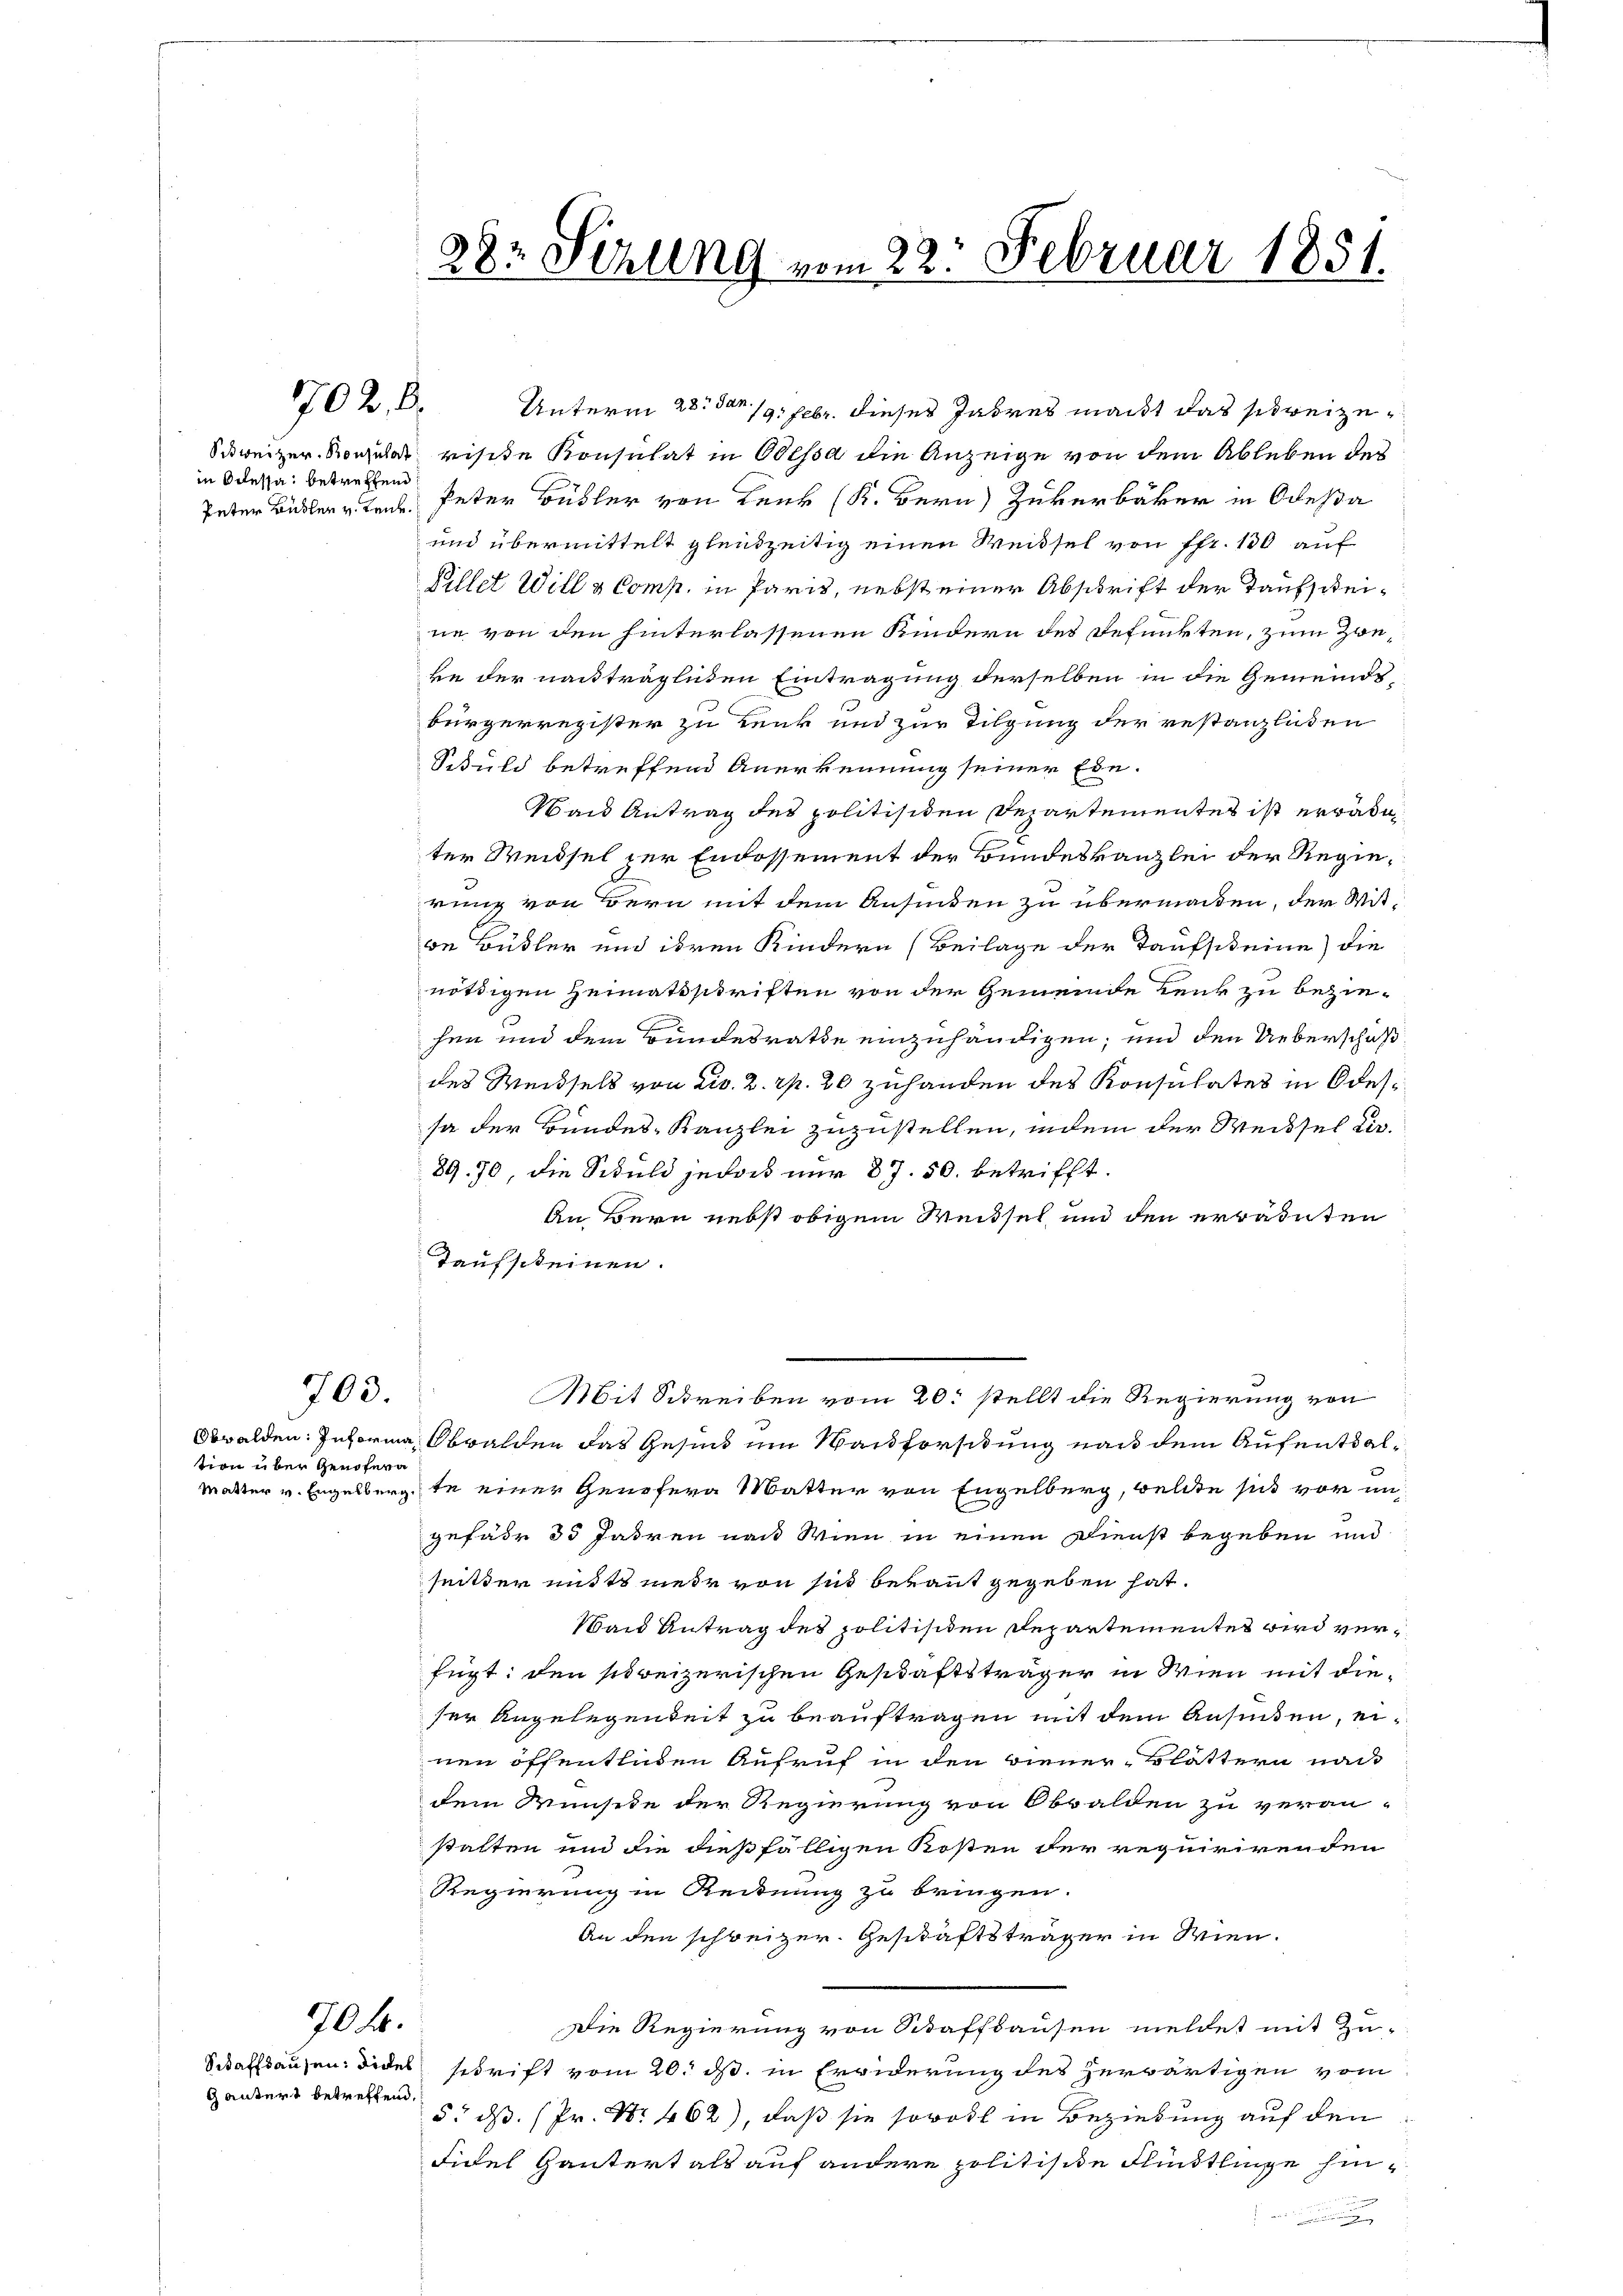
702. l.

in Odessa betreffend

703.

tion über Genofern

704.

gantert betreffend.

Unterm 23. dem 19. Febr. dieses Jahres macht das sedreize¬
Schweizer-Konsulat rische Konsulat in Odessa die Anzeige von dem Ableben des
Pater Budler u Lenk, Peter Bübler von Lenk (K. Bern Zukerbäcker in Odesa
und übermittelt gleichzeitig einen Weisel von Pfr. 100 auf
Pillet Will a Comp. in Paris, nebst einer Abschrift der Taufscheine von den hinterlassenen Kindern des Defunkten, zum Zweke der nachträglichen Eintragung derselben in die Gemeindsbürgerregister zu Lenk und zur Tilgung der restanzlichen
Schuld betreffend Anerkennung seiner Ein¬
Wand Antrag des politisiden Departementes ist erwädeter Weibsel zur Endossement der Bundeskanzlei der Regierung von Bern mit dem Ansinten zu übermachen, der Mitwe Bübler und ihren Kindern (Beilage der Taufscheine die
nöthigen Heimatsschriften von der Gemeinde Lenk zu bezieher und dem Bundesrathe einzuhändigen, und den Ueberschußdes Weisels von Liv. 2. rp. 20 zuhanden des Konsulates in Odessa der Bundes-Kanzlei zuzustellen, indem der Weissel er¬
8970, die Schuld jedoch nur 87. 50. betrifft.
An Bern nebst obigem Weissel und den errainten
Taufscheinen.
Mit Schreiben vom 20. stellt die Regierung von
Obwalden: Informa Obwalden das Gesind um Wandforstung nach dem Aufenthalmatter v. Engelbergte einer Genehern Matter von Engelberg, welche sich vor un
gefähr 35 Jahren nach Wien in einen Dienst begeben und
seitter mit mehr von sie bekannt gegeben hat.
Wand Antrag des politisiden Departementes wird verfügt: den schweizerischen Geschäftsträger in Wien mit dieser Angelegenheit zu beauftragen mit dem Ansieden, einen öffentlichen Aufruf in den Biener-Blättern nach
dem Wunsite der Regierung von Obwalden zu veran-
stalten und die dießfälligen Kosten der requirirenden
Regierung in Reinung zu bringen.
An den schweizer. Geschäftsträger in Wien.
Die Regierung von Staffhausen meldet mit Zu-
Staffhausen: Dides schrift vom 20. ds. in Erwiderung des herwärtigen vom
5. dß. (Pr. Nr. 462), daß sie sowohl in Beziehung auf den
Fidel Gantert als auf andere politische Flündtlinge hin¬

28: Sezung vom 22. Februar 1851